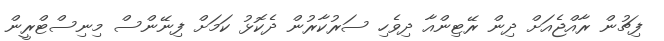
ފިޗުން ރާއްޖެއަށް ދިން ރޭޓިންއާ ދިވެހި ސަރުކާރުން ދެކޮޅު ކަމަށް ފިނޭންސް މިނިސްޓްރީން